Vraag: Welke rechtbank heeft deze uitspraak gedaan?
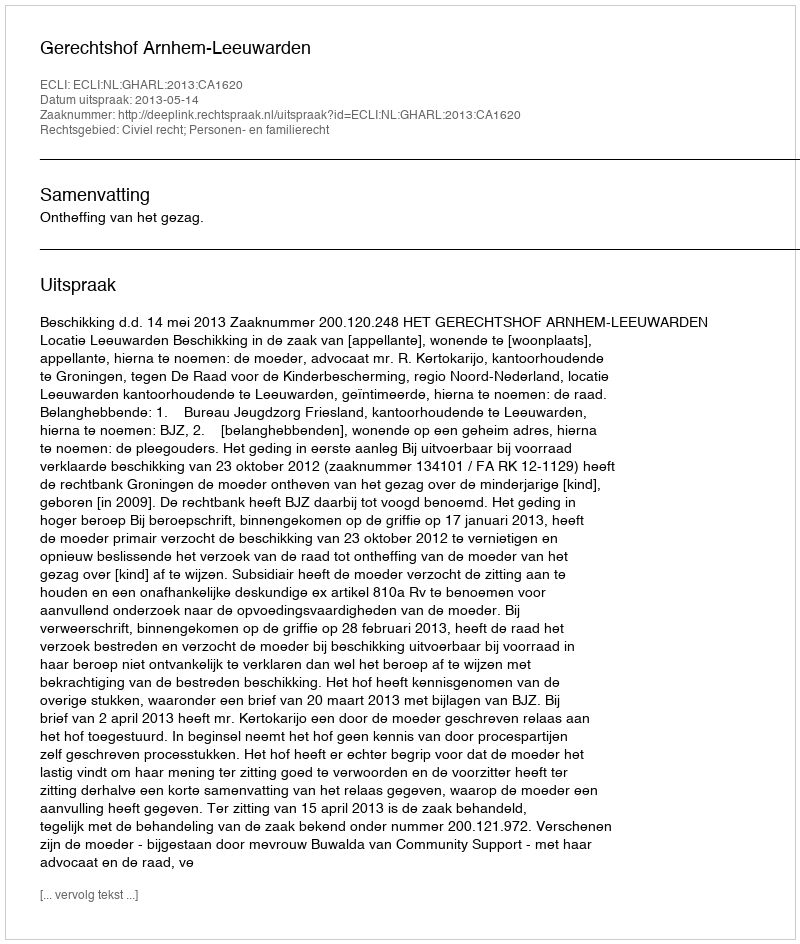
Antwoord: Gerechtshof Arnhem-Leeuwarden